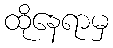
ထိုနေရာမှ